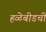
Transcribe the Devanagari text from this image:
हळेबीडची